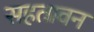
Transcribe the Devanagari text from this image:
सहतावन